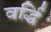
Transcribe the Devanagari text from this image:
वर्द्धि